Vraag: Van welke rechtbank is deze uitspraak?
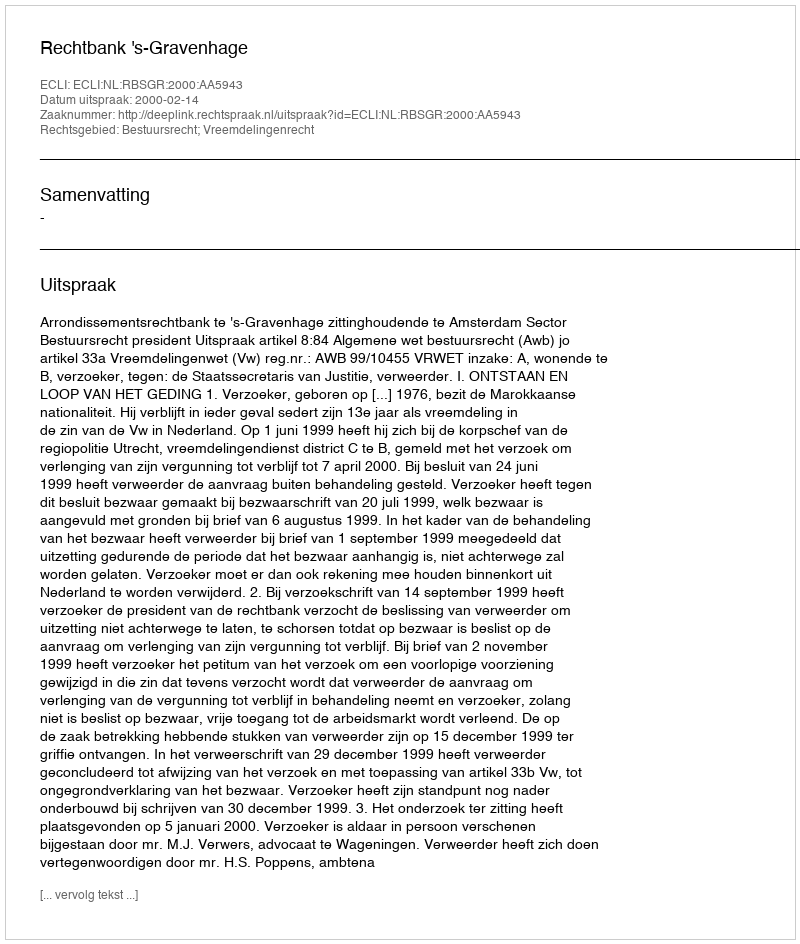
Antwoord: Rechtbank 's-Gravenhage